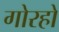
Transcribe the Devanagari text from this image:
गोरहो